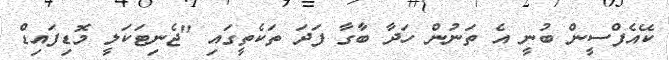
ކޭއެފްސީން ބުނީ އެ ތަނުން ހަދާ ބާގާ ފަދަ ތަކެތީގައި "ޖެނިޓަކަލީ މޮޑިފައިޑް